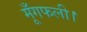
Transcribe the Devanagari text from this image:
मूँगफली।